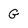
Character: G